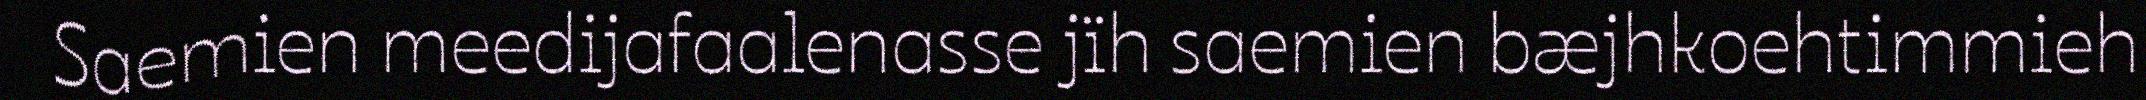
Saemien meedijafaalenasse jïh saemien bæjhkoehtimmieh